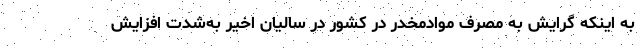
به اینکه گرایش به مصرف موادمخدر در کشور در سالیان اخیر به‌شدت افزایش